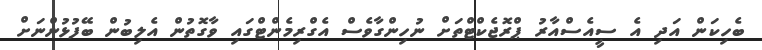
ބެހިކަން އަދި އެ ސީއެސްއާރު ޕްރޮޖެކްޓްތަށް ނުހިންގާވެސް އެގްރިމެންޓްގައި ވާގޮތުން އެލިބުން ބޭފުޅުންނަށް